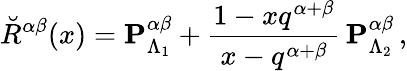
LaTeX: \breve{R}^{\alpha\beta}(x)={\mathbf P}_{\Lambda_{1}}^{\alpha\beta}+\frac{1-xq^{\alpha+\beta}}{x-q^{\alpha+\beta}}\, {\mathbf P}_{\Lambda_{2}}^{\alpha\beta}\, ,